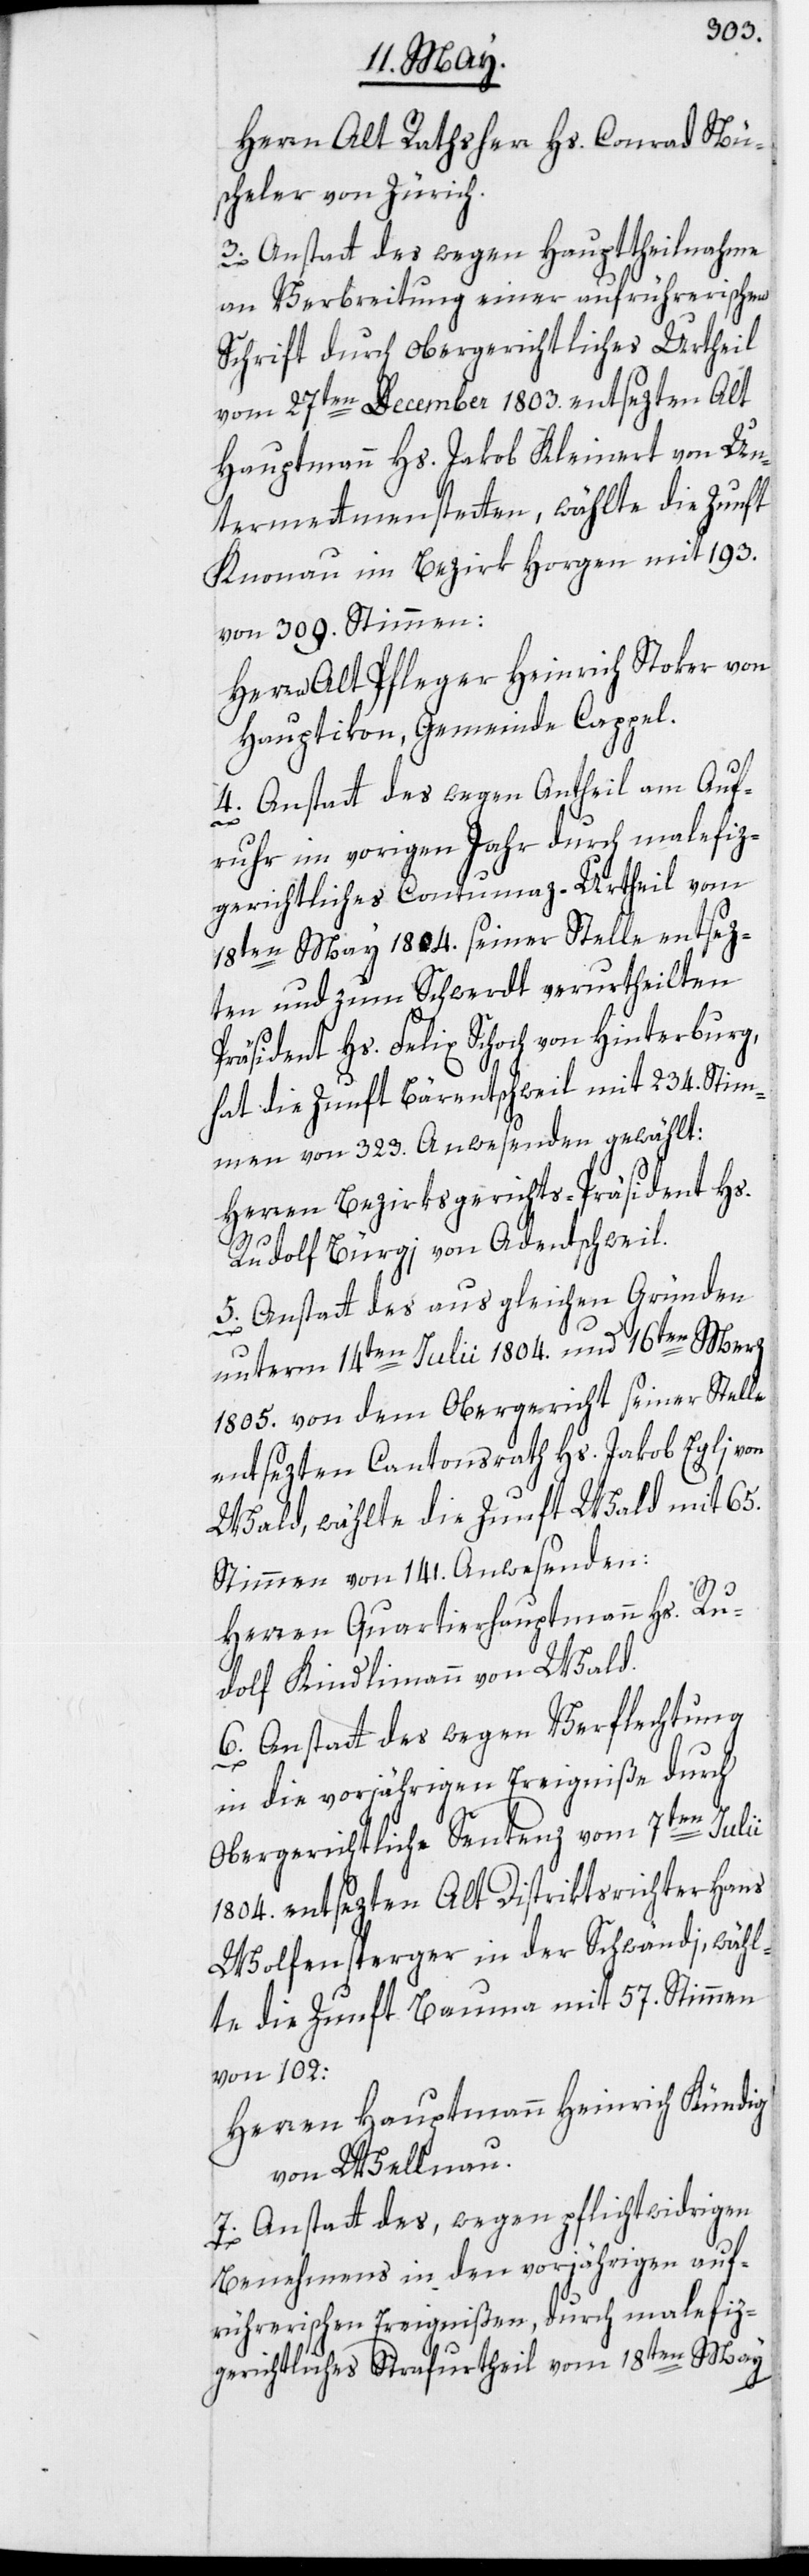
Herrn Alt Rathsherr Hs. Conrad Nü¬
scheler von Zürich.
3. Anstatt des wegen Haupttheilnahme
an Verbreitung einer aufrührerischen
Schrift durch obergerichtliches Urtheil
vom 27ten December 1803. entsezten Alt
Hauptmann Hs. Jakob Kleinert von Un¬
termettemenstetten, wählte die Zunft
Knonau im Bezirk Horgen mit 193.
von 309. Stimmen:
Herrn Alt Pfleger Heinrich Stoker von
Hauptikon, Gemeinde Cappel.
4. Anstatt des wegen Antheil am Auf¬
ruhr im vorigen Jahr durch malefiz¬
gerichtliches Contumaz-Urtheil vom
18ten May 1804. seiner Stelle entsez¬
ten und zum Schwerdt verurtheilten
Präsident Hs. Felix Schoch von Hinterburg,
hat die Zunft Bärentschweil mit 234. Stim¬
men von 323. Anwesenden gewählt:
Herren Berzirksgerichts-Präsident Hs.
Rudolf Bürgi von Adentschweil.
5. Anstatt des aus gleichen Gründen
unterm 14ten Julii 1804. und 16ten Merz
1805. von dem Obergericht seiner Stelle
entsezten Cantonsrath Hs. Jakob Egli von
Wald, wählte die Zunft Wald mit 65.
Stimmen von 141. Anwesenden:
Herren Quartierhauptmann Hs. Ru¬
dolf Kindlimann von Wald.
6. Anstatt des wegen Verflechtung
in die vorjährigen Ereigniße durch
obergerichtliche Sentenz vom 7ten Julii
1804. entsezten Alt Distriktsrichter Hans
Wolfensperger in der Schwändi, wähl¬
te die Zunft Bauma mit 57. Stimmen
von 102:
Herren Hauptmann Heinrich Kündig
von Wellnau.
7. Anstatt des, wegen pflichtwidrigen
Benehmens in den vorjährigen auf¬
rührerischen Ereignißen, durch malefiz¬
gerichtliches Strafurtheil vom 18ten May